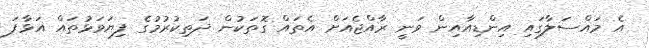
އެ މައްސަލާގައި އިންޑިއާއިން ވަނީ ރާއްޖެއަށް އެތައް ގޮތަކުން ދަތިކުރުމުގެ ފިޔަވަޅުތައް އަޅާފަ